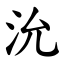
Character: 沇